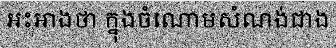
អះអាងថា ក្នុងចំណោមសំណង់ជាង